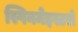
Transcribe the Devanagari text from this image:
स्पिनमेइस्टरों